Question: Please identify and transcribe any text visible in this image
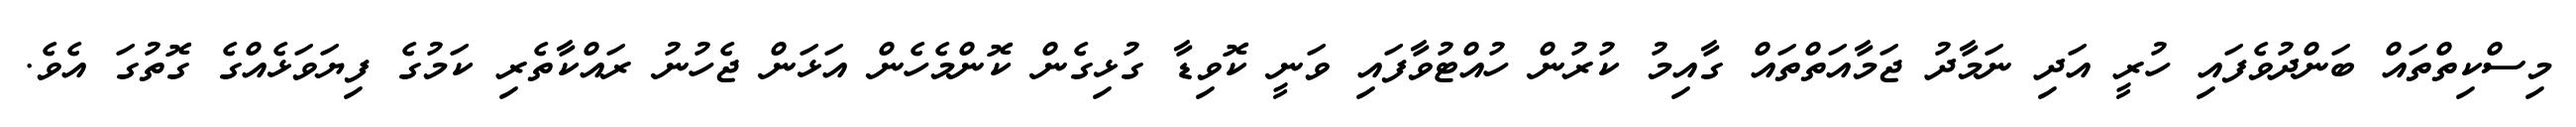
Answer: މިސްކިތްތައް ބަންދުވެފައި ހުރީ އަދި ނަމާދު ޖަމާއަތްތައް ގާއިމު ކުރުން ހުއްޓުވާފައި ވަނީ ކޮވިޑާ ގުޅިގެން ކޮންމެހެން އަޅަން ޖެހުނު ރައްކާތެރި ކަމުގެ ފިޔަވަޅެއްގެ ގޮތުގަ އެވެ.